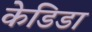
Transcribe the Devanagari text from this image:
केडिडा